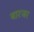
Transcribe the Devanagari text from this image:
बारजर